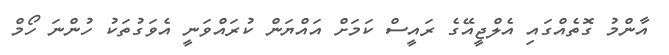
އާންމު ގޮތެއްގައި އެލްޖީއޭގެ ރައީސް ކަމަށް އައްޔަން ކުރައްވަނީ އެވަގުތަކު ހުންނަ ހޯމް